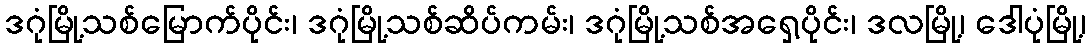
ဒဂုံမြို့သစ်မြောက်ပိုင်း၊ ဒဂုံမြို့သစ်ဆိပ်ကမ်း၊ ဒဂုံမြို့သစ်အရှေ့ပိုင်း၊ ဒလမြို့၊ ဒေါပုံမြို့၊